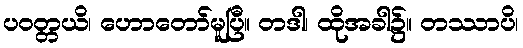
ပဝတ္တယိ၊ ဟောတော်မူပြီ။ တဒါ၊ ထိုအခါ၌။ တဿာပိ၊